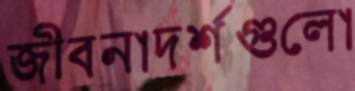
জীবনাদর্শগুলো